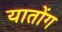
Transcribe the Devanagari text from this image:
यातोंग